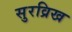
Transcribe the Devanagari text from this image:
सुरव्रिख